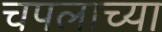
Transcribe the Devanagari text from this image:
चपलाच्या